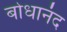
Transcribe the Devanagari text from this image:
बोधानंद